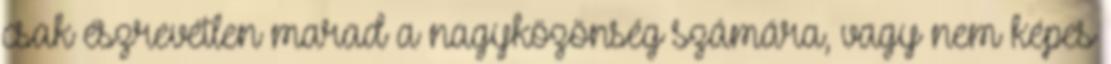
csak észrevétlen marad a nagyközönség számára, vagy nem képes